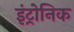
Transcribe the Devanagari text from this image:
इंट्रोनिक